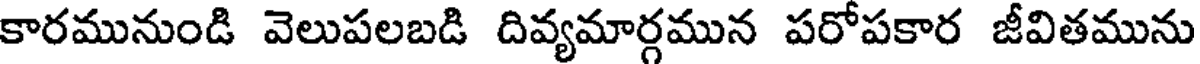
కారమునుండి వెలుపలబడి దివ్యమార్గమున పరోపకార జీవితమును